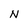
Character: N